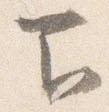
下